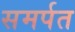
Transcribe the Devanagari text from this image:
समर्पत